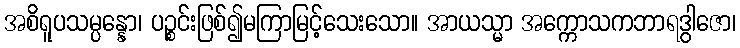
အစိရူပသမ္ပန္နော၊ ပဉ္စင်းဖြစ်၍မကြာမြင့်သေးသော။ အာယသ္မာ အက္ကောသကဘာရဒွါဇော၊